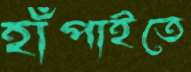
হাঁপাইতে